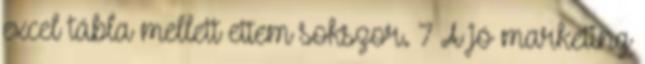
excel tábla mellett ettem sokszor. 7 A jó marketing